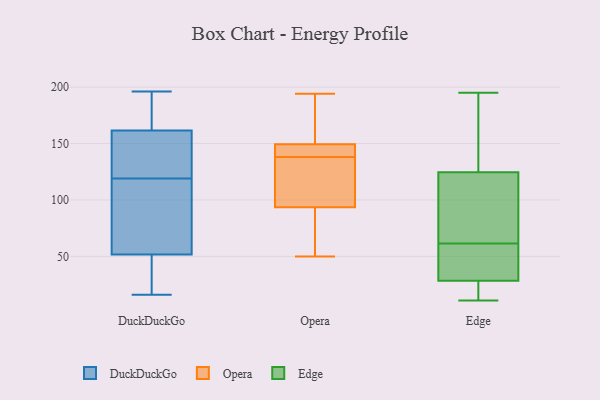
{"axis": {"x": "Latency (ms)", "y": "Value"}, "legend": ["DuckDuckGo", "Edge", "Opera"], "data": [{"x": "", "y": 93, "type": "DuckDuckGo"}, {"x": "", "y": 57, "type": "DuckDuckGo"}, {"x": "", "y": 168, "type": "DuckDuckGo"}, {"x": "", "y": 163, "type": "DuckDuckGo"}, {"x": "", "y": 119, "type": "DuckDuckGo"}, {"x": "", "y": 25, "type": "DuckDuckGo"}, {"x": "", "y": 22, "type": "DuckDuckGo"}, {"x": "", "y": 74, "type": "DuckDuckGo"}, {"x": "", "y": 123, "type": "DuckDuckGo"}, {"x": "", "y": 196, "type": "DuckDuckGo"}, {"x": "", "y": 36, "type": "DuckDuckGo"}, {"x": "", "y": 81, "type": "DuckDuckGo"}, {"x": "", "y": 161, "type": "DuckDuckGo"}, {"x": "", "y": 146, "type": "DuckDuckGo"}, {"x": "", "y": 16, "type": "DuckDuckGo"}, {"x": "", "y": 138, "type": "DuckDuckGo"}, {"x": "", "y": 193, "type": "DuckDuckGo"}, {"x": "", "y": 149, "type": "Opera"}, {"x": "", "y": 104, "type": "Opera"}, {"x": "", "y": 170, "type": "Opera"}, {"x": "", "y": 138, "type": "Opera"}, {"x": "", "y": 132, "type": "Opera"}, {"x": "", "y": 194, "type": "Opera"}, {"x": "", "y": 148, "type": "Opera"}, {"x": "", "y": 50, "type": "Opera"}, {"x": "", "y": 59, "type": "Opera"}, {"x": "", "y": 150, "type": "Opera"}, {"x": "", "y": 86, "type": "Opera"}, {"x": "", "y": 148, "type": "Opera"}, {"x": "", "y": 96, "type": "Opera"}, {"x": "", "y": 41, "type": "Edge"}, {"x": "", "y": 97, "type": "Edge"}, {"x": "", "y": 195, "type": "Edge"}, {"x": "", "y": 29, "type": "Edge"}, {"x": "", "y": 11, "type": "Edge"}, {"x": "", "y": 65, "type": "Edge"}, {"x": "", "y": 22, "type": "Edge"}, {"x": "", "y": 28, "type": "Edge"}, {"x": "", "y": 58, "type": "Edge"}, {"x": "", "y": 129, "type": "Edge"}, {"x": "", "y": 151, "type": "Edge"}, {"x": "", "y": 21, "type": "Edge"}, {"x": "", "y": 47, "type": "Edge"}, {"x": "", "y": 134, "type": "Edge"}, {"x": "", "y": 44, "type": "Edge"}, {"x": "", "y": 157, "type": "Edge"}, {"x": "", "y": 66, "type": "Edge"}, {"x": "", "y": 18, "type": "Edge"}, {"x": "", "y": 120, "type": "Edge"}, {"x": "", "y": 80, "type": "Edge"}]}